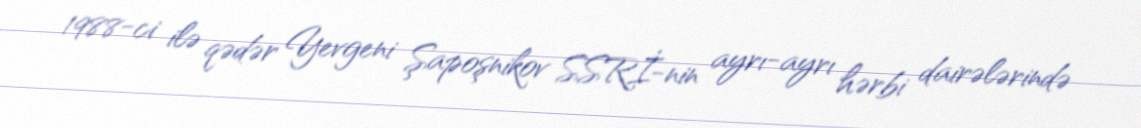
1988-ci ilə qədər Yevgeni Şapoşnikov SSRİ-nin ayrı-ayrı hərbi dairələrində